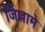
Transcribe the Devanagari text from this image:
जिल्लामे